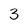
Character: 3